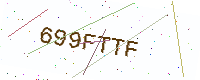
Text: 699FTTF